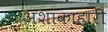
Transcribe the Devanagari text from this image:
अशाकाहारी